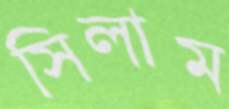
সিলাম